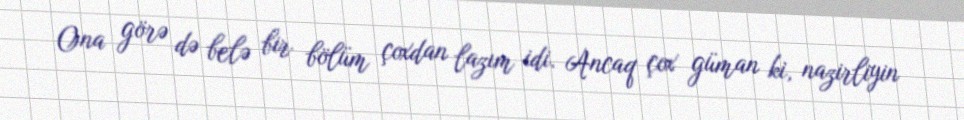
Ona görə də belə bir bölüm çoxdan lazım idi. Ancaq çox güman ki, nazirliyin